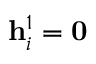
\mathbf { h } _ { i } ^ { 1 } = \mathbf { 0 }